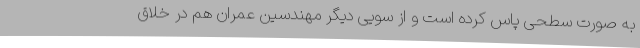
به صورت سطحی پاس کرده است و از سویی دیگر مهندسین عمران هم در خلاق